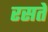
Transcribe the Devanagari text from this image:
रसते